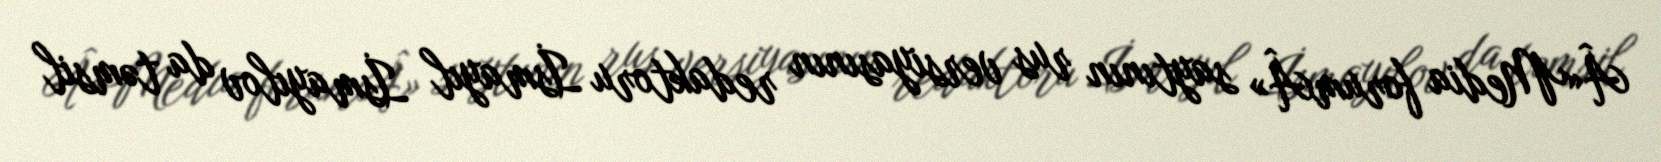
Â«Media forumÂ» saytının rus versiyasının redaktoru İsmayıl İsmayılov da təmsil